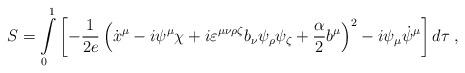
LaTeX: \begin{align*}S=\int\limits_0^1\left[-\frac{1}{2e}\left(\dot x^\mu-i\psi^\mu\chi+i\varepsilon^{\mu\nu\rho\zeta}b_\nu\psi_\rho\psi_\zeta+{\alpha\over2}b^\mu\right)^2-i\psi_\mu\dot\psi^\mu\right]d\tau\;,\end{align*}